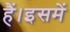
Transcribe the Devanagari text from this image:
हैं।इसमें